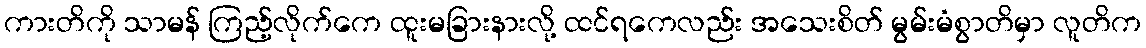
ကားတိကို သာမန် ကြည့်လိုက်ကေ ထူးမခြားနားလို့ ထင်ရကေလည်း အသေးစိတ် မွမ်းမံစွာတိမှာ လူတိက